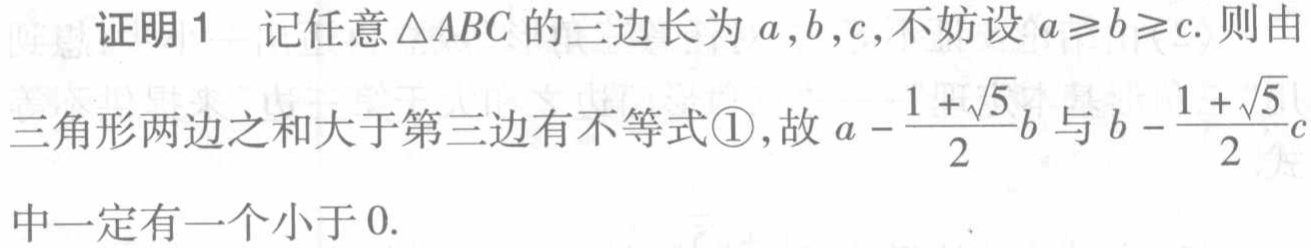
证明1 记任意\(\triangle ABC\)的三边长为\(a,b,c\)，不妨设\(a\geqslant b\geqslant c\). 则由
三角形两边之和大于第三边有不等式\textcircled{1}，故\(a - \frac{1 + \sqrt{5}}{2}b\)与\(b - \frac{1 + \sqrt{5}}{2}c\)
中一定有一个小于\(0\).